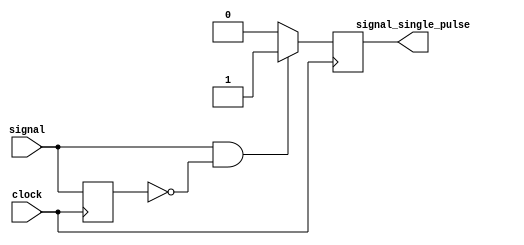
`timescale 1ns / 1ps
/////////////////////////////////////////////////////////////////
// Module Name: one_pulse
/////////////////////////////////////////////////////////////////

module one_pulse (
    output reg signal_single_pulse,
    input wire signal,
    input wire clock
    );
    
    reg signal_delay;

    always @(posedge clock) begin
        if (signal == 1'b1 & signal_delay == 1'b0)
            signal_single_pulse <= 1'b1;
        else
            signal_single_pulse <= 1'b0;
        signal_delay <= signal;
    end
endmodule